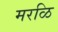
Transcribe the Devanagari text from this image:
मरळि